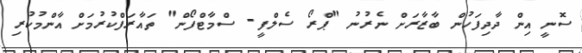
ސޮނީ އިން ދާދިފަހުން ބާޒާރަށް ނެރުނު "ޕްރޯ ސެލްފީ- ސްމާޓްފޯން" ތައާރަފްކުރުމަށް އާންމުކުރި